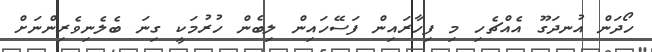
ހޯދަން އުނދަގޫ އެއްޗެހި މި ފިހާރައިން ފަސޭހައިން ލިބެން ހުރުމަކީ ގިނަ ބެލެނިވެރިންނަށް